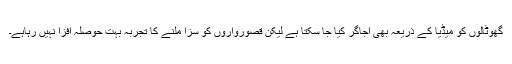
گھوٹالوں کو میڈیا کے ذریعہ بھی اجاگر کیا جا سکتا ہے لیکن قصورواروں کو سزا ملنے کا تجربہ بہت حوصلہ افزا نہیں رہاہے۔